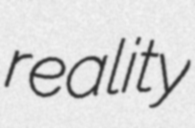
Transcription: reality